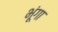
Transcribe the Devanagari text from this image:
भूंगा